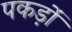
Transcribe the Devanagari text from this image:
पकड़ों